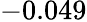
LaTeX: \mathit-0.049